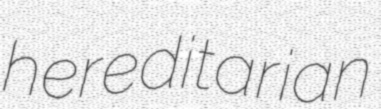
hereditarian